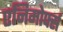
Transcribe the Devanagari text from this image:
एनिमोर्फ्स